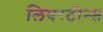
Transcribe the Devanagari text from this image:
लिबरटीन्स